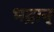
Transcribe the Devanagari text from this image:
भद्रान्